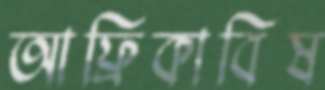
আফ্রিকাবিষ